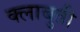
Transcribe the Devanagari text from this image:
क्लाबुती